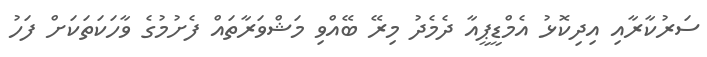
ސަރުކާރާއި އިދިކޮޅު އެމްޑީޕީއާ ދެމެދު މިރޭ ބޭއްވި މަޝްވަރާތައް ފެށުމުގެ ވާހަކަތަކަށް ފަހު